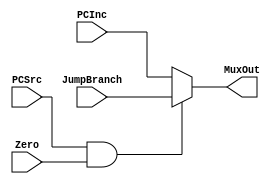
module MuxPC (PCInc, JumpBranch, PCSrc, Zero, MuxOut);

	input [31:0] PCInc, JumpBranch;
	input PCSrc, Zero;
	output reg [31:0] MuxOut;
	
	always @ (*)
		begin
			if (PCSrc & Zero)
				MuxOut <= JumpBranch;
			else
				MuxOut <= PCInc;
		end
		
endmodule